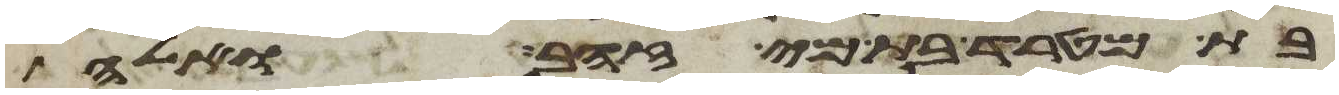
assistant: בת מטרד בת מי זהב ואלה